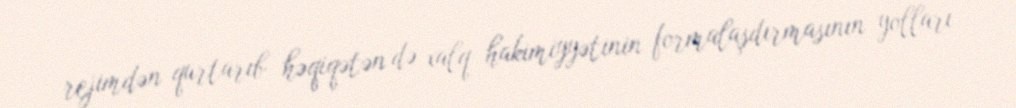
rejimdən qurtarıb həqiqətən də xalq hakimiyyətinin formalaşdırmasının yolları